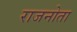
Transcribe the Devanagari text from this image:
राजनोता